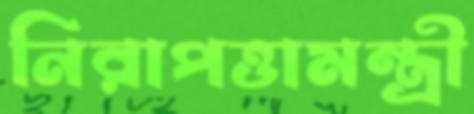
নিরাপত্তামন্ত্রী